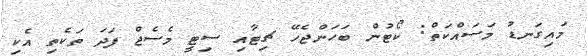
މައިގަނޑު މަސައްކަތް: ކޯޓުން ބަހަންޖެހޭ ޗިޓާއި ސިޓީ މެސެޖް ފަދަ ތަކެތި އެކި